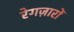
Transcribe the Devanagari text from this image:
रेगज़ारों